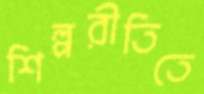
শিল্পরীতিতে